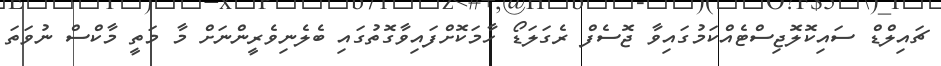
ޗައިލްޑް ސައިކޮލޮޖިސްޓެއްކަމުގައިވާ ޖޮސެފް ރެގަލަޑޯ ހާމަކޮށްފައިވާގޮތުގައި ބެލެނިވެރީންނަށް މާ މަތީ މާކްސް ނުވަތަ